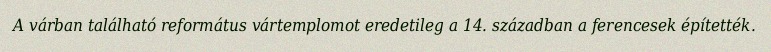
A várban található református vártemplomot eredetileg a 14. században a ferencesek építették.